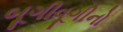
બૂગીવૂગીનો